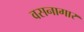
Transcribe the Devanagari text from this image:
वसनागार